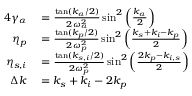
\begin{array} { r l } { { 4 } \gamma _ { \alpha } } & { { } = \frac { \tan ( k _ { \alpha } / 2 ) } { 2 \omega _ { \alpha } ^ { 2 } } \sin ^ { 2 } \left( \frac { k _ { \alpha } } { 2 } \right) } \\ { \eta _ { p } } & { { } = \frac { \tan ( k _ { p } / 2 ) } { 2 \omega _ { p } ^ { 2 } } \sin ^ { 2 } \left( \frac { k _ { s } + k _ { i } - k _ { p } } { 2 } \right) } \\ { \eta _ { s , i } } & { { } = \frac { \tan ( k _ { s , i } / 2 ) } { 2 \omega _ { p } ^ { 2 } } \sin ^ { 2 } \left( \frac { 2 k _ { p } - k _ { i , s } } { 2 } \right) } \\ { \Delta k } & { { } = k _ { s } + k _ { i } - 2 k _ { p } } \end{array}